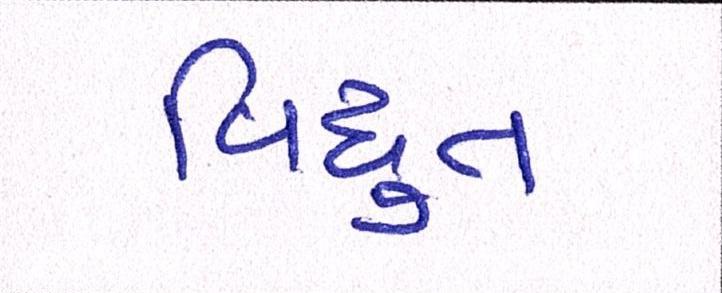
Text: વિધુત